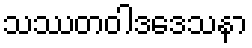
သဿတဝါဒဒေသနာ